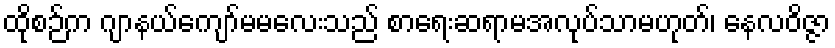
ထိုစဉ်က ဂျာနယ်ကျော်မမလေးသည် စာရေးဆရာမအလုပ်သာမဟုတ်၊ နေလဝိဇ္ဇာ